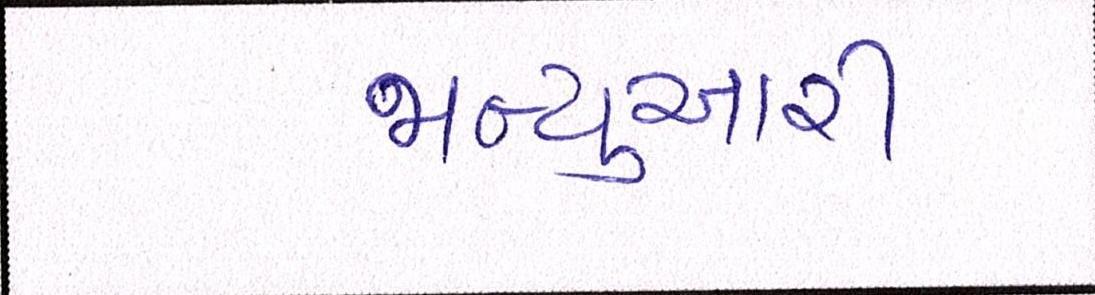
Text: જાન્યુઆરી